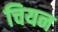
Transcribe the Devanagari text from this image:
चियन